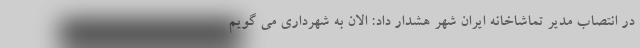
در انتصاب مدیر تماشاخانه ایران شهر هشدار داد: الان به شهرداری می گویم